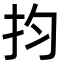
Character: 抣